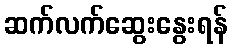
ဆက်လက်ဆွေးနွေးရန်